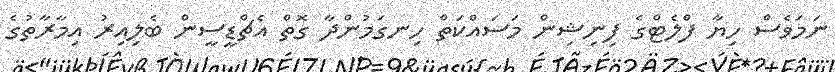
ނަމަވެސް ހިޔާ ފްލެޓްގެ ފިނިޝިން މަސައްކަތް ހިނގަމުންދާ ގޮތް އެޗްޑީސީން ބެލިއިރު އިމާރާތުގެ